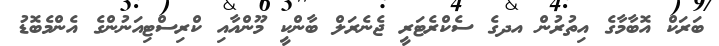
ބަރަކް އޮބާމާގެ އިތުރުން އދގެ ސެކްރެޓަރީ ޖެނެރަލް ބާންކީ މޫންއާއި ކްރިސްޓިއަނުންގެ އެންމެބޮޑު